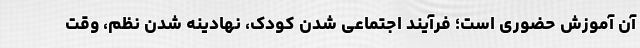
آن آموزش حضوری است؛ فرآیند اجتماعی شدن کودک، نهادینه شدن نظم، وقت